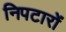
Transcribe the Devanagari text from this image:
निपटारों